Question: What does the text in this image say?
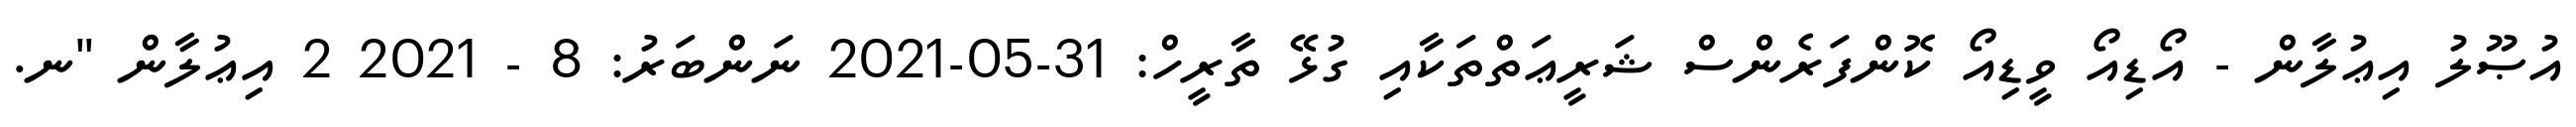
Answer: އުޞޫލު އިޢުލާން - އޯޑިއޯ ވީޑިއޯ ކޮންފަރެންސް ޝަރީޢަތްތަކާއި ގުޅޭ ތާރީހް: 31-05-2021 ނަންބަރު: 8 - 2021 2 އިޢުލާން "ނ.